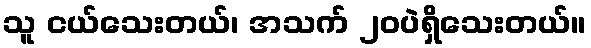
သူ ငယ်သေးတယ်၊ အသက် ၂၀ပဲရှိသေးတယ်။